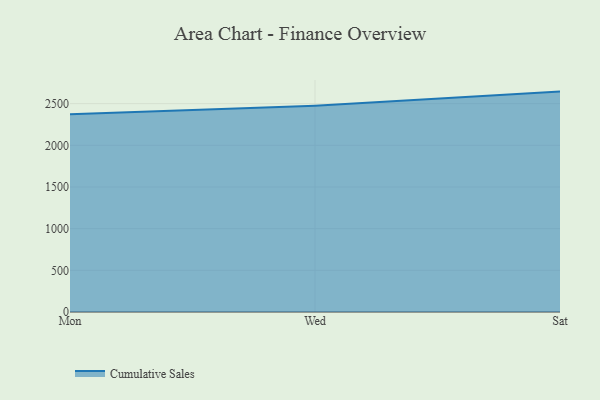
{"axis": {"x": "Day", "y": "Churn Rate (%)"}, "legend": ["Cumulative Sales"], "data": [{"x": "Mon", "y": 2371.5, "type": "Cumulative Sales"}, {"x": "Wed", "y": 2475.6, "type": "Cumulative Sales"}, {"x": "Sat", "y": 2644.4, "type": "Cumulative Sales"}]}